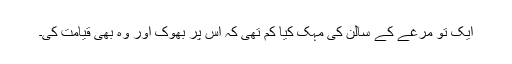
ایک تو مرغے کے سالن کی مہک کیا کم تھی کہ اس پر بھوک اور وہ بھی قیامت کی۔